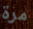
مرة